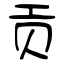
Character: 贡